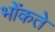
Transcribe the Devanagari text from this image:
भोंकते